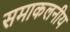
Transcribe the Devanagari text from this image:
समाकलनीय